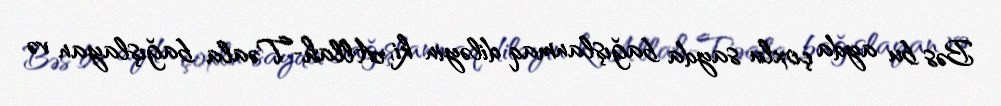
Bəs bu ayda çoxlu sayda bağışlanmaq diləyin ki, Allah-Təala bağışlayan və